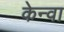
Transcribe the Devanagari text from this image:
केन्वा